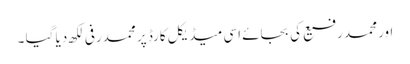
اور محمد رفیع کی بجائے اسی میڈیکل کارڈ پر محمدرفی لکھ دیا گیا ۔